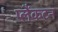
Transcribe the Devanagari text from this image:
प्लैंकटन